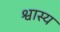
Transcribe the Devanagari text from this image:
श्वास्य